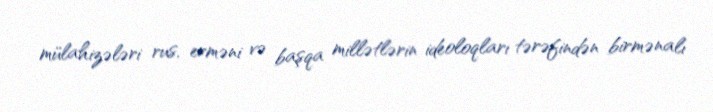
mülahizələri rus, erməni və başqa millətlərin ideoloqları tərəfindən birmənalı